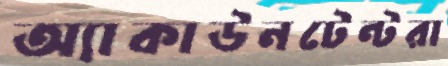
অ্যাকাউনটেন্টরা